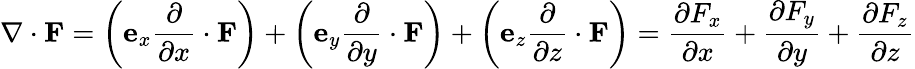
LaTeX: \nabla\cdot\mathbf{F}=\left(\mathbf{e}_{x}{\frac{\partial}{\partial x}}\cdot\mathbf{F}\right)+\left(\mathbf{e}_{y}{\frac{\partial}{\partial y}}\cdot\mathbf{F}\right)+\left(\mathbf{e}_{z}{\frac{\partial}{\partial z}}\cdot\mathbf{F}\right)={\frac{\partial F_{x}}{\partial x}}+{\frac{\partial F_{y}}{\partial y}}+{\frac{\partial F_{z}}{\partial z}}